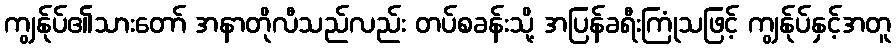
ကျွန်ုပ်၏သားတော် အနာတိုလီသည်လည်း တပ်စခန်းသို့ အပြန်ခရီးကြုံသဖြင့် ကျွန်ုပ်နှင့်အတူ